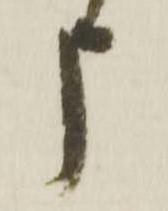
申